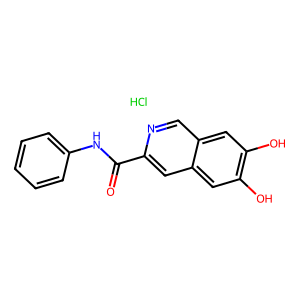
SMILES: Cl.O=C(Nc1ccccc1)c1cc2cc(O)c(O)cc2cn1
Inhibits HIV replication: No